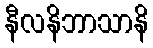
နီလနိဘာသာနိ